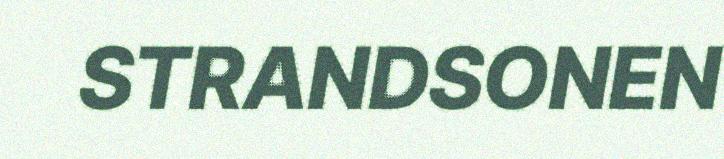
STRANDSONEN